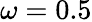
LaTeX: \omega=0.5